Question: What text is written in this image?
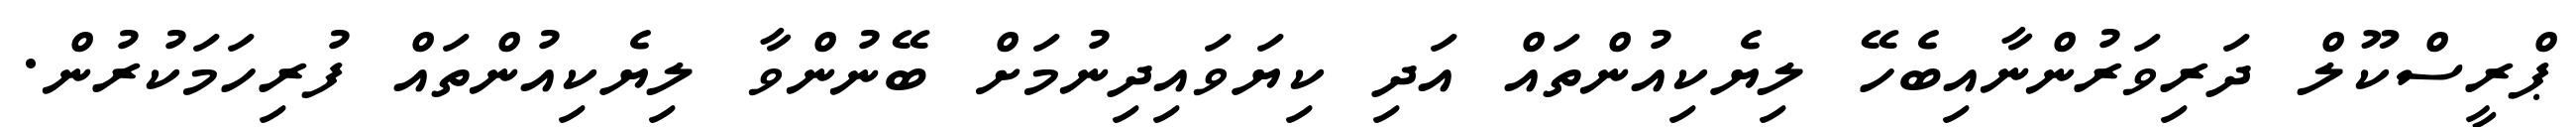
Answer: ޕްރީސްކޫލް ދަރިވަރުންނާއިބެހޭ ލިޔެކިއުންތައް އަދި ކިޔަވައިދިނުމަށް ބޭނުންވާ ލިޔެކިއުންތައް ފުރިހަމަކުރުން.